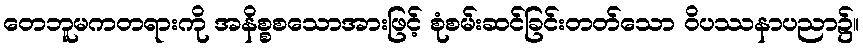
တေဘူမကတရားကို အနိစ္စစသောအားဖြင့် စုံစမ်းဆင်ခြင်းတတ်သော ဝိပဿနာပညာ၌။